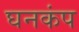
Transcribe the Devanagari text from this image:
घनकंप